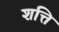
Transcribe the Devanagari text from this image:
शत्ति